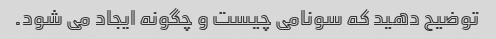
توضیح دهید که سونامی چیست و چگونه ایجاد می شود.